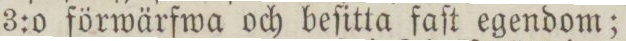
3:o förwärfwa och beſitta faſt egendom;